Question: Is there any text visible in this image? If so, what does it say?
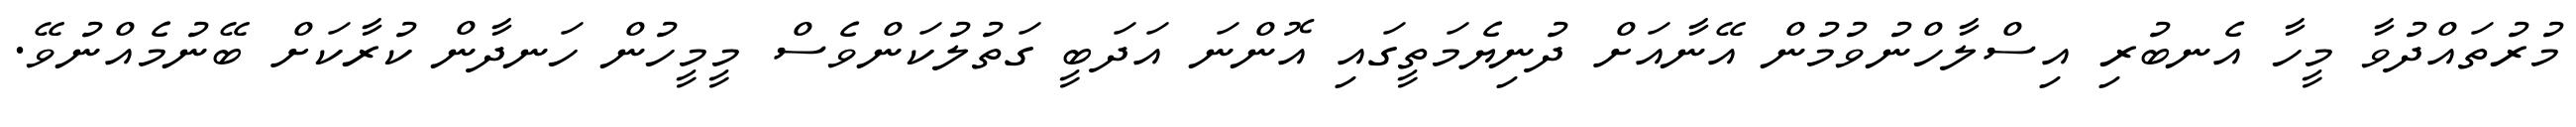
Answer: މުރުތައްދުވާ މީހާ އެނބުރި އިސްލާހްނުވުމުން އޭނާއަށް ދުނިޔެމަތީގައި އޮންނަ އަދަބީ ގަތުލުކަންވެސް މީމީހުން ހަނދާން ކުރާކަށް ބޭނުމެއްނުވޭ.